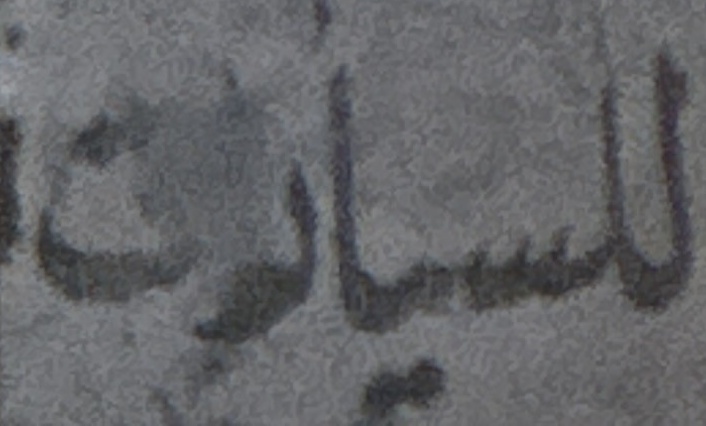
للسیارات